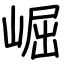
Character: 崛